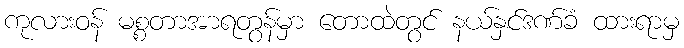
ကုလားဝန် မစ္စတာအာရတွန်မှာ တောထဲတွင် နယ်နှင်ဒဏ်ခံ ထားရာမှ